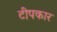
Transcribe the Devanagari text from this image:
टीपकार